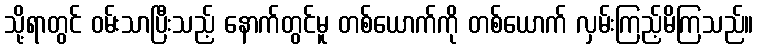
သို့ရာတွင် ဝမ်းသာပြီးသည့် နောက်တွင်မူ တစ်ယောက်ကို တစ်ယောက် လှမ်းကြည့်မိကြသည်။